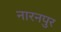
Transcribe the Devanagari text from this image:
नारनपुर